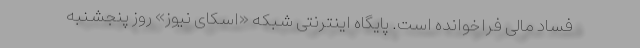
فساد مالی فراخوانده است. پایگاه اینترنتی شبکه «اسکای نیوز» روز پنجشنبه